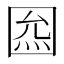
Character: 𡇺